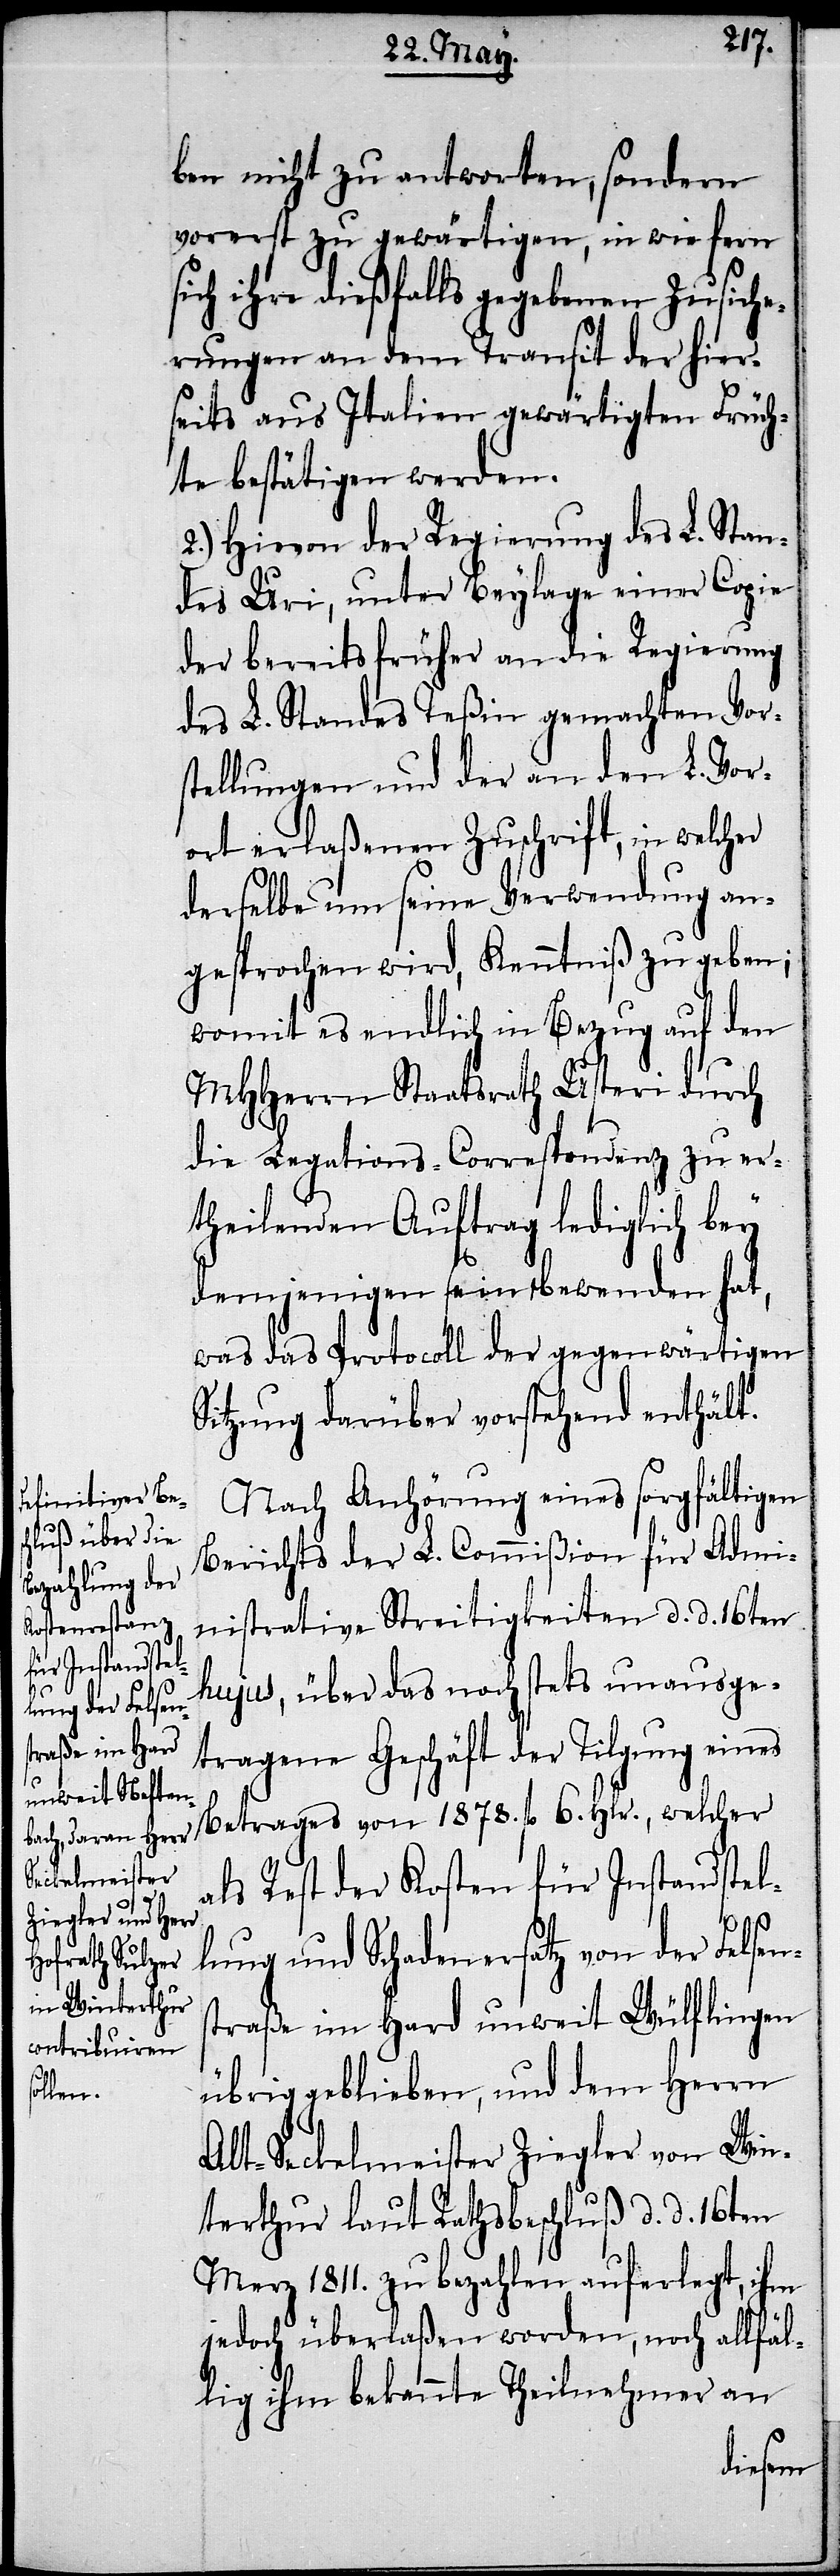
ben nicht zu antworten, sondern
vorerst zu gewärtigen, in wie fern
sich ihre dießfalls gegebenen Zusiche¬
rungen an dem Transit der hier¬
seits aus Italien gewärtigten Früch¬
ten bestätigen werden.
2.) Hievon der Regierung des L. Stan¬
des Uri, unter Beylage einer Copie
der bereits früher an die Regierung
des L. Standes Teßin gemachten Vor¬
stellungen und der an den L. Vor¬
ort erlaßenen Zuschrift, in welcher
derselbe um seine Verwendung an¬
gesprochen wird, Kenntniß zu geben;
womit es endlich in Bezug auf den
MHHerrn Staatsrath Usteri durch
die Legations-Correspondenz zu er¬
theilenden Auftrag lediglich bey
demjenigen sein Bewenden hat,
was das Protocoll der gegenwärtigen
Sitzung darüber vorstehend enthält.
Nach Anhörung eines sorgfältigen
Berichts der L. Commißion für Admi¬
nistrative Streitigkeiten d. d. 16ten
hujus, über das noch stets unausge¬
tragene Geschäft der Tilgung eines
6.
als Rest der Kosten für Instandstel¬
1878.
lung und Schadenersatz von der Felsens¬
traße in Hard unweit Wülflingen
übrig geblieben, und dem Herrn
Alt-Seckelmeister Ziegler von Win¬
terthur laut Rathsbeschluß d. d. 16ten
Merz 1811. zu bezahlen auferlegt, ihm
jedoch überlaßen worden, noch allfäl¬
lig ihm bekannte Theilnehmer an